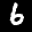
Label: 6